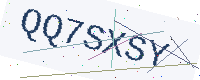
Text: QQ7SXSY